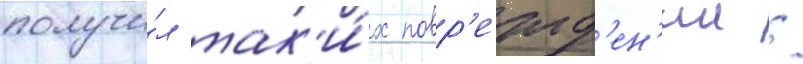
получи́л так'и́х повр'ежд'ен'ии /